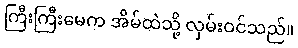
ကြီးကြီးမေက အိမ်ထဲသို့ လှမ်းဝင်သည်။